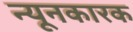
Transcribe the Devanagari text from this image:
न्यूनकारक